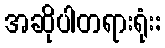
အဆိုပါတရားရုံး: